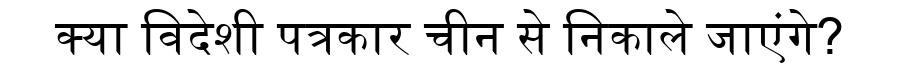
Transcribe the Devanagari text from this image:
क्या विदेशी पत्रकार चीन से निकाले जाएंगे?